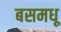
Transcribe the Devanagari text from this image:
बसमधू